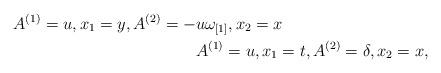
LaTeX: \begin{align*}A^{(1)}=u, x_{1}=y,A^{(2)}=-&u\omega_{[1]}, x_{2}=x \\ &A^{(1)}=u,x_{1}=t,A^{(2)}=\delta, x_{2}=x,\end{align*}